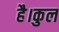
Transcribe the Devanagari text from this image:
है।कुल